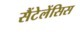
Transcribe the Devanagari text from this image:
सैंटेलेंसिस